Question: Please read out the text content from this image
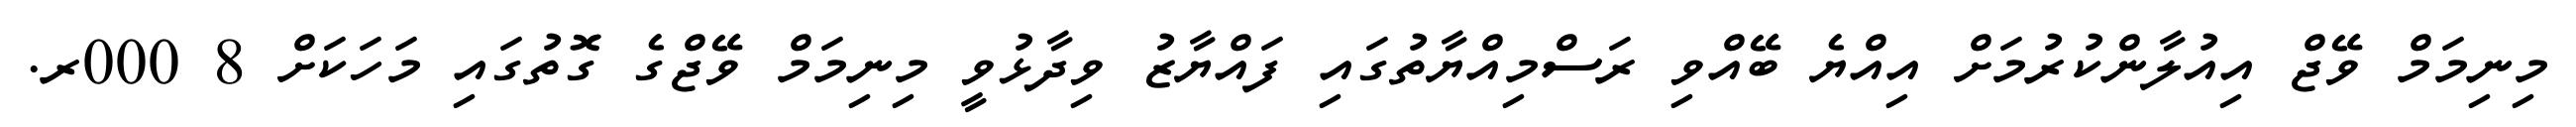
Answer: މިނިމަމް ވޭޖް އިއުލާންކުރުމަށް އިއްޔެ ބޭއްވި ރަސްމިއްޔާތުގައި ފައްޔާޒު ވިދާޅުވީ މިނިމަމް ވޭޖްގެ ގޮތުގައި މަހަކަށް 8 000ރ.